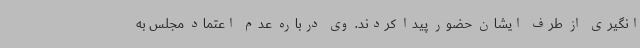
انگیری از طرف ایشان حضور پیدا کردند. وی درباره عدم اعتماد مجلس به